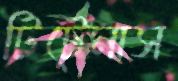
টিটেনাস